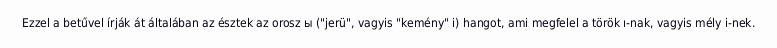
Ezzel a betűvel írják át általában az észtek az orosz ы ("jerü", vagyis "kemény" i) hangot, ami megfelel a török ı-nak, vagyis mély i-nek.